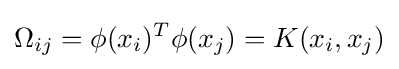
\Omega _{ij}=\phi (x_{i})^{T}\phi (x_{j})=K(x_{i},x_{j})